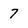
Character: 7